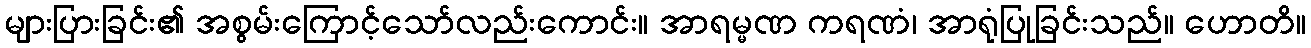
များပြားခြင်း၏ အစွမ်းကြောင့်သော်လည်းကောင်း။ အာရမ္မဏ ကရဏံ၊ အာရုံပြုခြင်းသည်။ ဟောတိ။